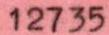
12735